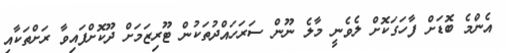
އެންމެ ބޮޑަށް ފާހަގަކޮށް ލެވެނީ މާލެ ނޫން ސަރަހައްދުތަކުން ޓޫރިޒަމަށް ދޫކޮށްފައިވާ ރަށްތަކާއި